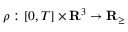
\rho : [ 0 , T ] \times \mathbf { R } ^ { 3 } \rightarrow { \mathbf { R } } _ { \ge }